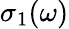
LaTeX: \sigma_{1}(\omega)